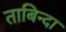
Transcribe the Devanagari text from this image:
ताबिन्दा